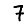
Digit: 7